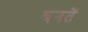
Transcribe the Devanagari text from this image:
बनतें